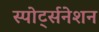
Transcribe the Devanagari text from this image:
स्पोर्ट्सनेशन